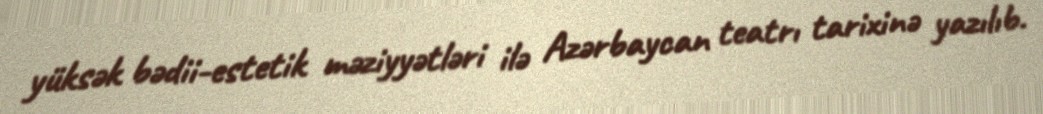
yüksək bədii-estetik məziyyətləri ilə Azərbaycan teatrı tarixinə yazılıb.